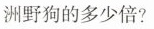
洲野狗的多少倍?